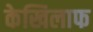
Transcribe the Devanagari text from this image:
केखिलाफ